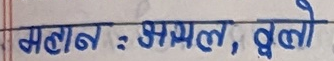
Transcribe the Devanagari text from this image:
समान: अमल, वलो